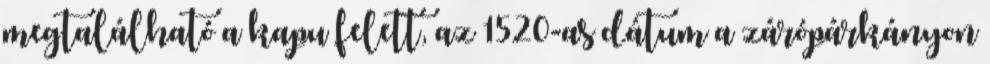
megtalálható a kapu felett, az 1520-as dátum a zárópárkányon